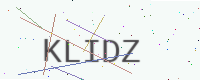
Text: KLIDZ